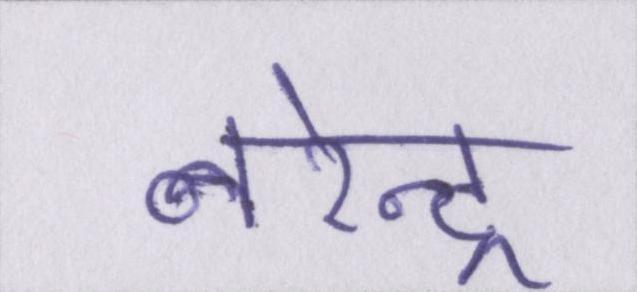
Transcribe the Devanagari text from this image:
नरेन्द्र